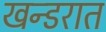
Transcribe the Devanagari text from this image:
खन्डरात